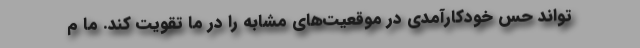
‌تواند حس خودکارآمدی در موقعیت‌های مشابه را در ما تقویت کند. ما م